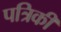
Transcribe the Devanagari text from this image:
पत्रिकी